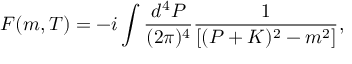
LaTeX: { \cal F } ( m , T ) = - i \int \frac { d ^ { 4 } P } { ( 2 \pi ) ^ { 4 } } \frac { 1 } { [ ( P + K ) ^ { 2 } - m ^ { 2 } ] } ,